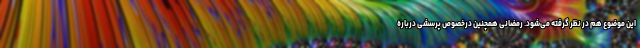
این موضوع هم در نظر گرفته می‌شود. رمضانی همچنین درخصوص پرسشی درباره